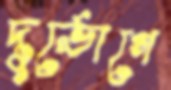
দুর্ভোগে